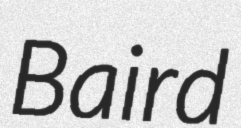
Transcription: Baird